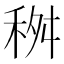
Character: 𥞢